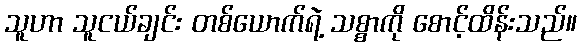
သူဟာ သူငယ်ချင်း တစ်ယောက်ရဲ့ သစ္စာကို စောင့်ထိန်းသည်။